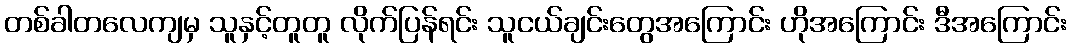
တစ်ခါတလေကျမှ သူနှင့်တူတူ လိုက်ပြန်ရင်း သူငယ်ချင်းတွေအကြောင်း ဟိုအကြောင်း ဒီအကြောင်း